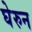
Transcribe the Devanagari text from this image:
घेरुन